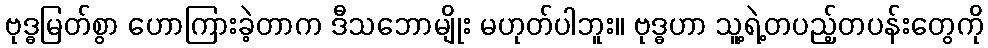
ဗုဒ္ဓမြတ်စွာ ဟောကြားခဲ့တာက ဒီသဘောမျိုး မဟုတ်ပါဘူး။ ဗုဒ္ဓဟာ သူ့ရဲ့တပည့်တပန်းတွေကို